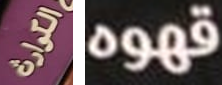
الكوارث قهوه